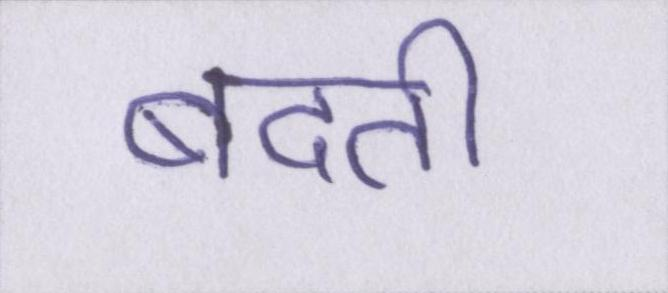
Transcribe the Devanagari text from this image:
बदती